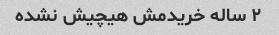
۲ ساله خریدمش هیچیش نشده